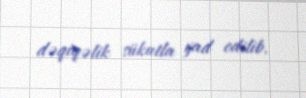
dəqiqəlik sükutla yad edilib.